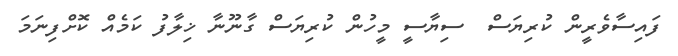
ފައިސާވެރީން ކުރިޔަސް  ސިޔާސީ މީހުން ކުރިޔަސް ގާނޫނާ ޚިލާފު ކަމެއް ކޮށްފިނަމަ